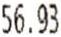
56.93